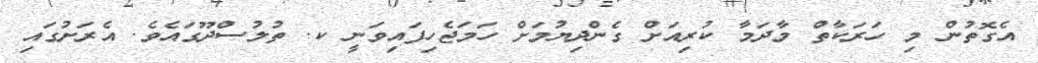
އެގޮތުން މި ހަރަކާތް މާދަމާ ކުރިއަށް ގެންދިޔުމަށް ހަމަޖެހިފައިވަނީ ކ. ތުލުސްދޫގައެވެ. އެރަށުގައި